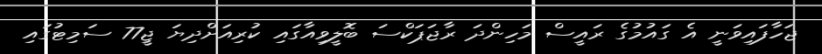
ޖަހާފައިވަނީ އެ ގައުމުގެ ރައީސް މަހިންދަ ރާޖަޕަކްސަ ބޮލީވިއާގައި ކުރިއަށްދިޔަ ޖީ77 ސަމިޓުގައި